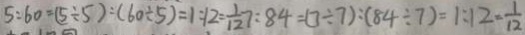
5 : 6 0 = ( 5 \div 5 ) : ( 6 0 \div 5 ) = 1 : 1 2 = \frac { 1 } { 1 2 } 7 : 8 4 = ( 7 \div 7 ) : ( 8 4 \div 7 ) = 1 : 1 2 = \frac { 1 } { 1 2 }